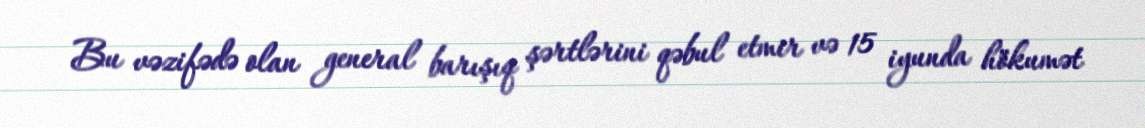
Bu vəzifədə olan general barışıq şərtlərini qəbul etmir və 15 iyunda hökumət